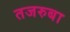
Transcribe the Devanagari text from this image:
तजरुबा